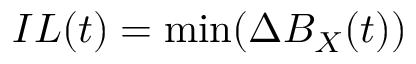
I L ( t ) = \operatorname* { m i n } ( { \Delta B _ { X } ( t ) } )